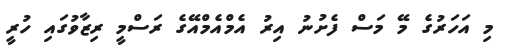
މި އަހަރުގެ މޭ މަސް ފެށުނު އިރު އެމްއެމްއޭގެ ރަސްމީ ރިޒާވުގައި ހުރީ